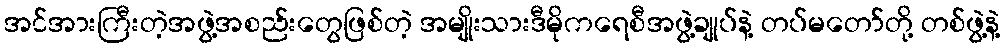
အင်အားကြီးတဲ့အဖွဲ့အစည်းတွေဖြစ်တဲ့ အမျိုးသားဒီမိုကရေစီအဖွဲ့ချုပ်နဲ့ တပ်မတော်တို့ တစ်ဖွဲ့နဲ့